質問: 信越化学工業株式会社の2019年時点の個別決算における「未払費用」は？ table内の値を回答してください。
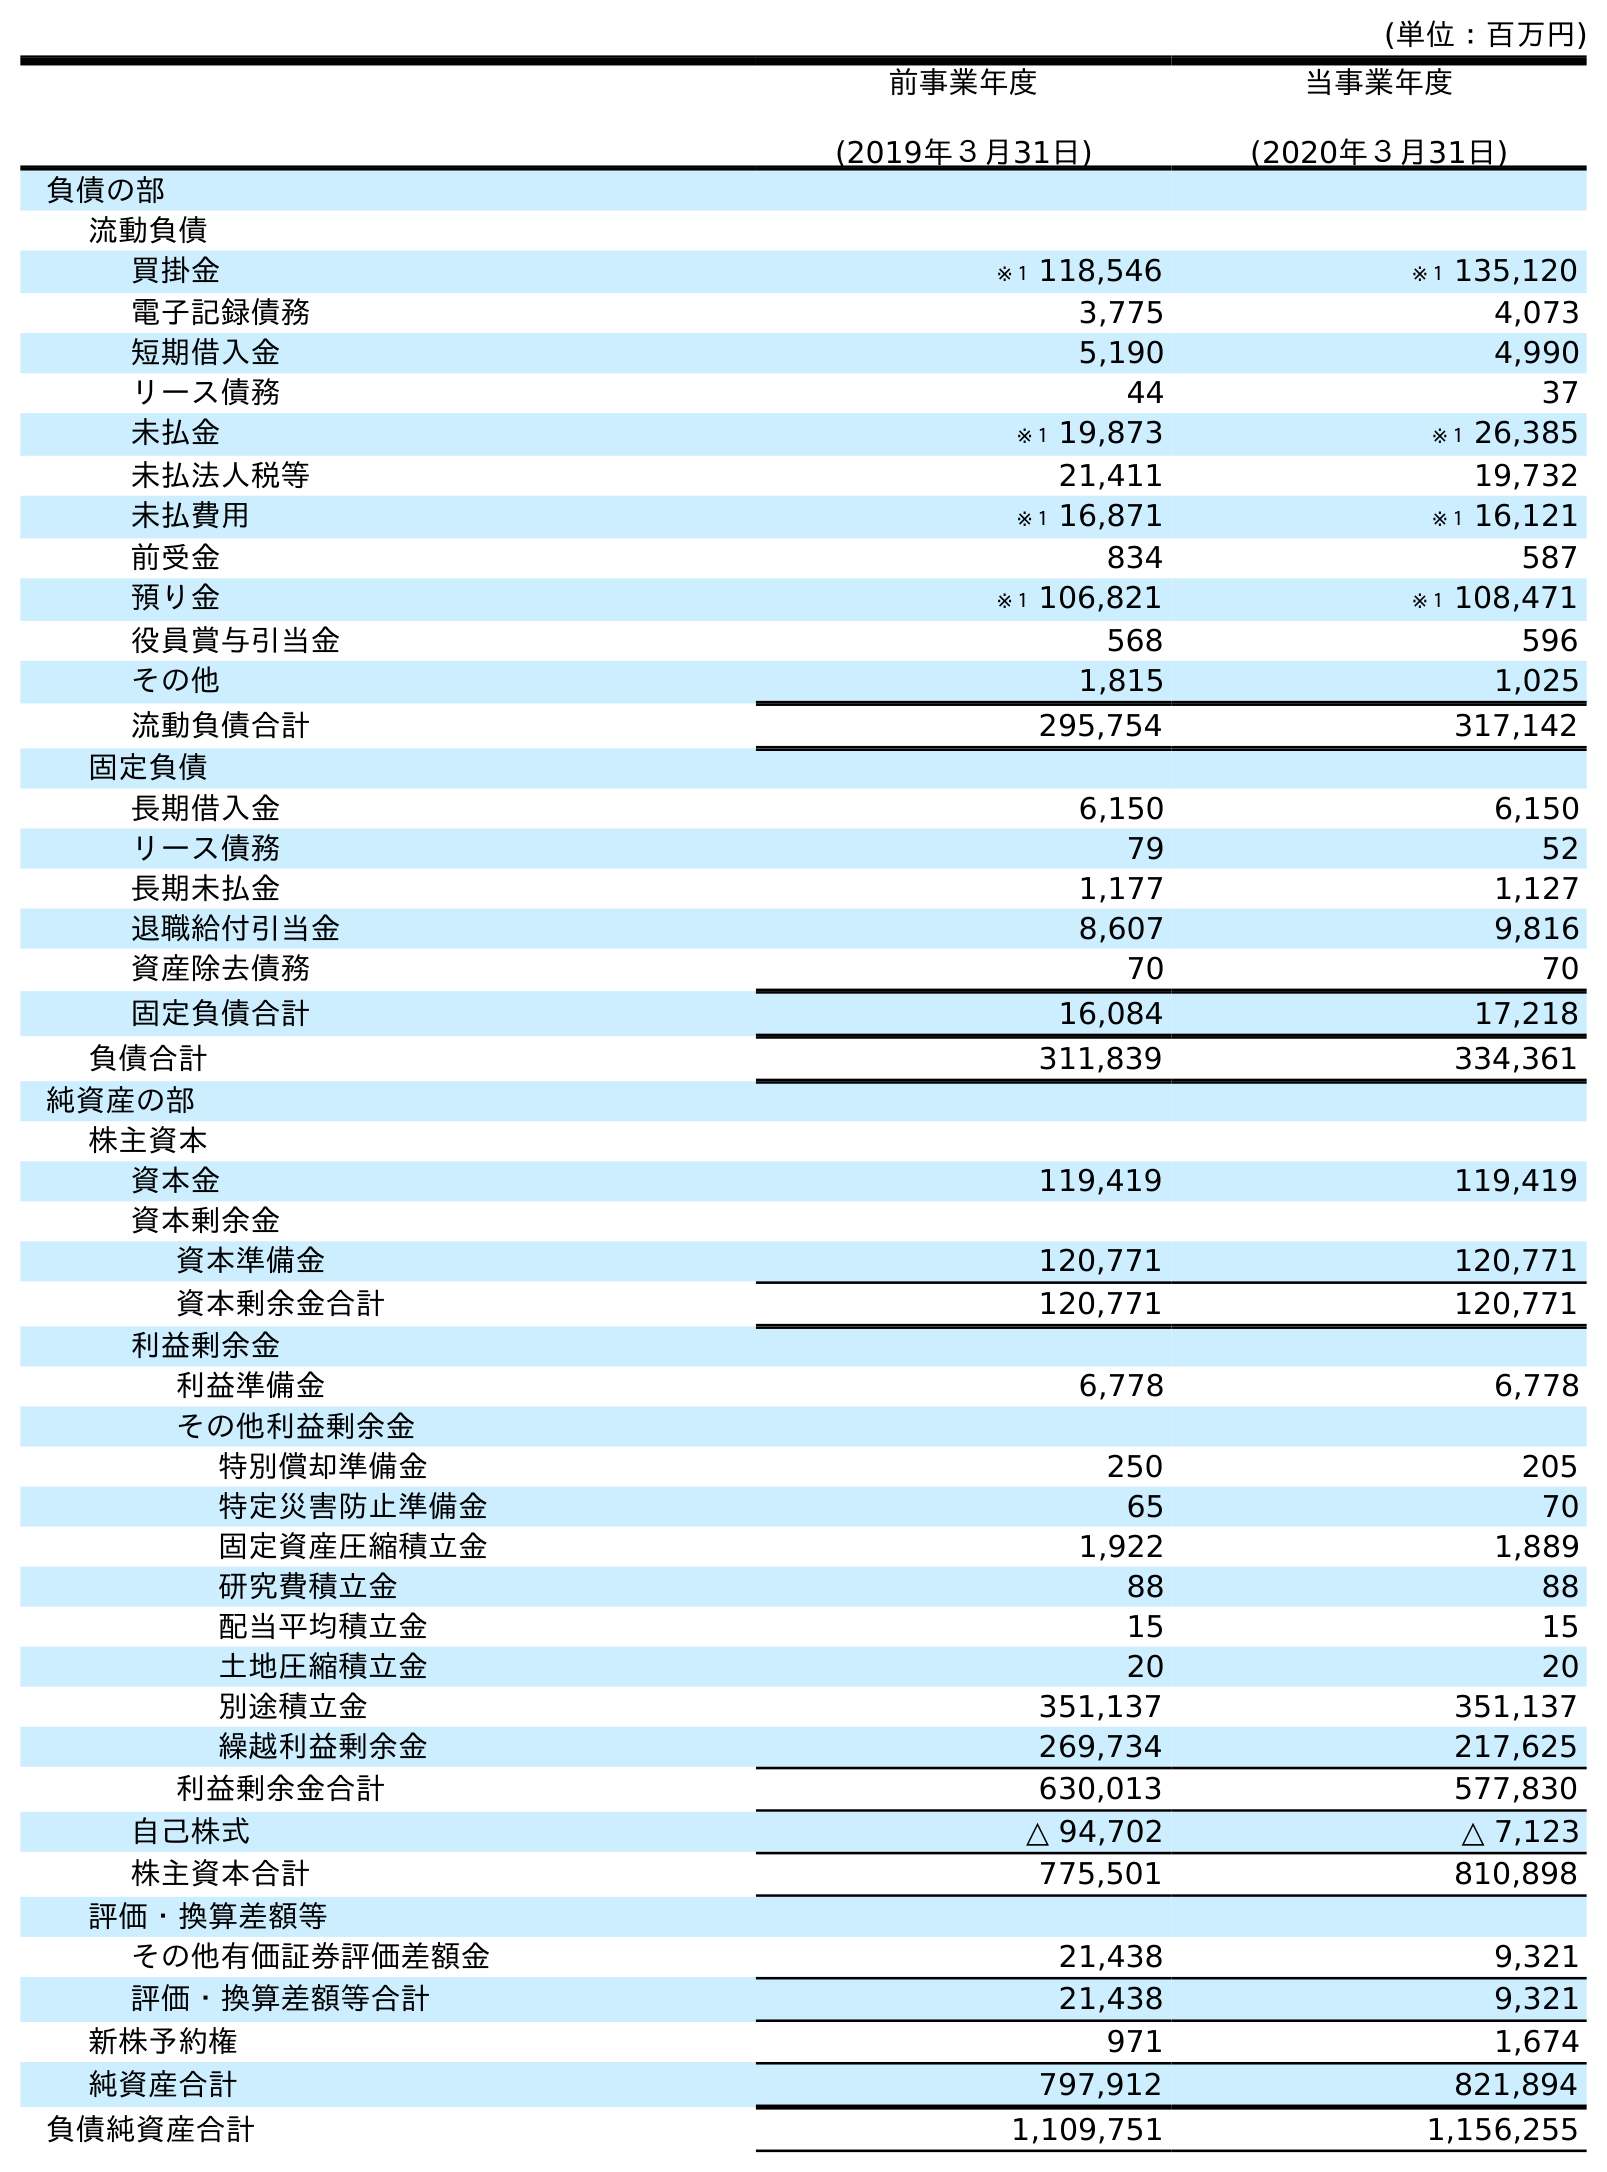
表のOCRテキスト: (単位：百万円) 前事業年度 (2019年３月31日) 当事業年度 (2020年３月31日) 負債の部 流動負債 買掛金 ※１ 118,546 ※１ 135,120 電子記録債務 3,775 4,073 短期借入金 5,190 4,990 リース債務 44 37 未払金 ※１ 19,873 ※１ 26,385 未払法人税等 21,411 19,732 未払費用 ※１ 16,871 ※１ 16,121 前受金 834 587 預り金 ※１ 106,821 ※１ 108,471 役員賞与引当金 568 596 その他 1,815 1,025 流動負債合計 295,754 317,142 固定負債 長期借入金 6,150 6,150 リース債務 79 52 長期未払金 1,177 1,127 退職給付引当金 8,607 9,816 資産除去債務 70 70 固定負債合計 16,084 17,218 負債合計 311,839 334,361 純資産の部 株主資本 資本金 119,419 119,419 資本剰余金 資本準備金 120,771 120,771 資本剰余金合計 120,771 120,771 利益剰余金 利益準備金 6,778 6,778 その他利益剰余金 特別償却準備金 250 205 特定災害防止準備金 65 70 固定資産圧縮積立金 1,922 1,889 研究費積立金 88 88 配当平均積立金 15 15 土地圧縮積立金 20 20 別途積立金 351,137 351,137 繰越利益剰余金 269,734 217,625 利益剰余金合計 630,013 577,830 自己株式 △ 94,702 △ 7,123 株主資本合計 775,501 810,898 評価・換算差額等 その他有価証券評価差額金 21,438 9,321 評価・換算差額等合計 21,438 9,321 新株予約権 971 1,674 純資産合計 797,912 821,894 負債純資産合計 1,109,751 1,156,255
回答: ※１16,871